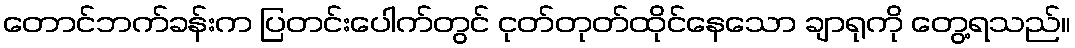
တောင်ဘက်ခန်းက ပြတင်းပေါက်တွင် ငုတ်တုတ်ထိုင်နေသော ချာရုကို တွေ့ရသည်။